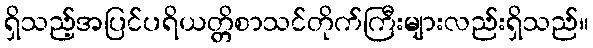
ရှိသည့်အပြင်ပရိယတ္တိစာသင်တိုက်ကြီးများလည်းရှိသည်။